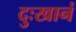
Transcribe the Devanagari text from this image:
दुःखानं